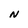
Character: N